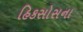
હિકસોસના